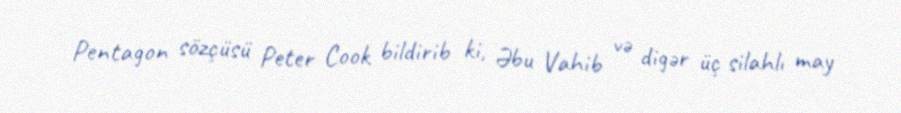
Pentagon sözçüsü Peter Cook bildirib ki, Əbu Vahib və digər üç silahlı may